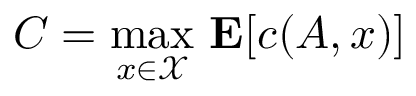
C = { \underset { x \in { \mathcal { X } } } { \operatorname* { m a x } } } \ \mathbf { E } [ c ( A , x ) ]